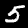
Digit: 5